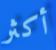
أكثر